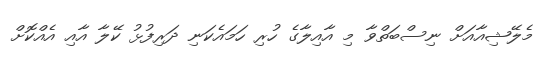
މެލޭޝިއާއަށް ނިސްބަތްވާ މި އާއިލާގެ ހުރި ހަމައެކަނި ދަރިފުޅު ކޭލާ އާއި އެއްކޮށް